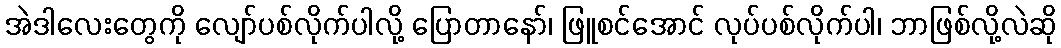
အဲဒါလေးတွေကို လျော်ပစ်လိုက်ပါလို့ ပြောတာနော်၊ ဖြူစင်အောင် လုပ်ပစ်လိုက်ပါ၊ ဘာဖြစ်လို့လဲဆို